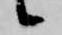
候